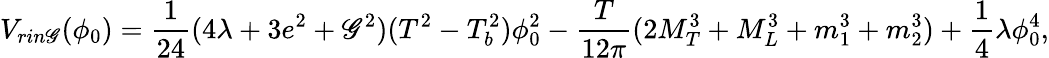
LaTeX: V_{rin\mathscr{G}}(\phi_{0})=\frac{{1}}{{24}}(4\lambda+3e^{2}+\mathscr{G}^{2})(T^{2}-T_{b}^{2})\phi_{0}^{2}-\frac{{T}}{{12\pi}}(2M_{T}^{3}+M_{L}^{3}+m_{1}^{3}+m_{2}^{3})+\frac{{1}}{{4}}\lambda\phi_{0}^{4},